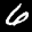
Label: 6